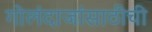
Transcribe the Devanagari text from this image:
गोलंदाजांसाठीची